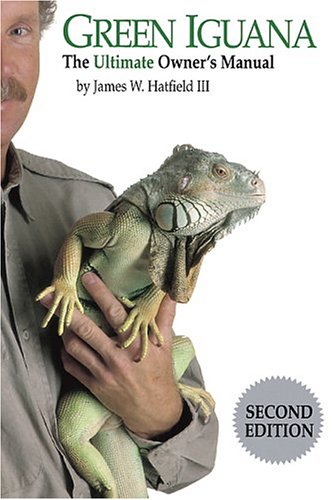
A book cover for Green Iguana: The Ultimate Owner's Manual; James W., III Hatfield; Crafts, Hobbies & Home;